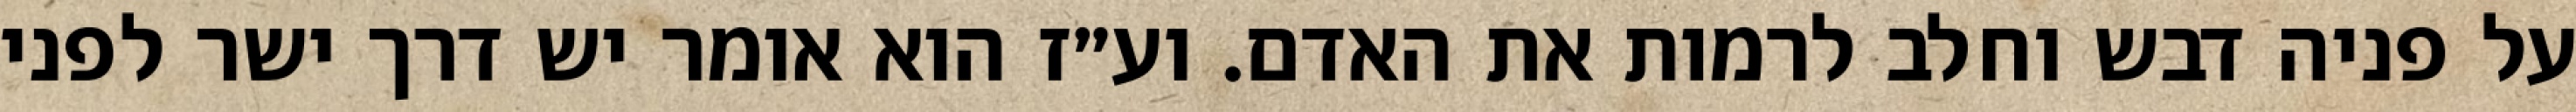
על פניה דבש וחלב לרמות את האדם. וע״ז הוא אומר יש דרך ישר לפני